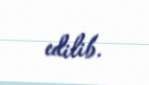
edilib.